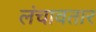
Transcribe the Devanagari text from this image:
लंचावतार